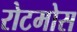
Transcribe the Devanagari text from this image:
रोटमोस